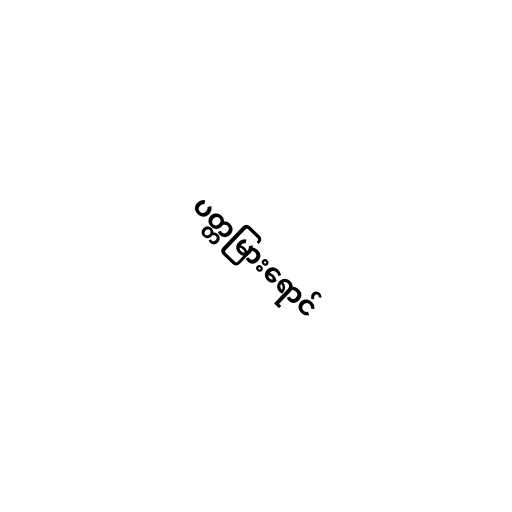
ပတ္တမြားရောင်